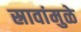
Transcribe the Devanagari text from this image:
स्रावांमुळे